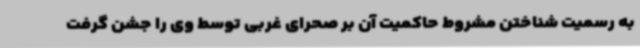
به رسمیت شناختن مشروط حاکمیت آن بر صحرای غربی توسط وی را جشن گرفت